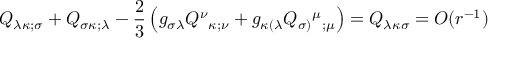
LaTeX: Q _ { \lambda \kappa ; \sigma } + Q _ { \sigma \kappa ; \lambda } - \frac { 2 } { 3 } \left( g _ { \sigma \lambda } Q ^ { \nu } { _ { \kappa ; \nu } } + g _ { \kappa ( \lambda } Q _ { \sigma ) } { ^ { \mu } } { _ { ; \mu } } \right) = { \cal Q } _ { \lambda \kappa \sigma } = O ( r ^ { - 1 } )